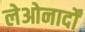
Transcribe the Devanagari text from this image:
लेओनार्दों